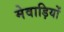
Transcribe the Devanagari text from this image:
मेवाड़ियों